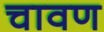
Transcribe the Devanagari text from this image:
चावण